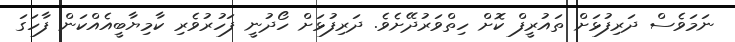
ނަމަވެސް ދަރިފުޅަށް ތައުރީފް ކޮށް ހިތްވަރުދޭށެވެ. ދަރިފުޅަށް ހޯދުނީ ފަހުރުވެރި ކާމިޔާބީއެއްކަން ފާހަގަ